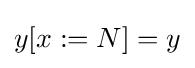
y[x:=N]=y